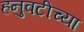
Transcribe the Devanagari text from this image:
हनुवटीच्या